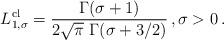
LaTeX: \begin{align*} L^{\mathrm{cl}}_{1,\sigma}= \frac{\Gamma(\sigma+1)}{2\sqrt{\pi}\ \Gamma(\sigma+3/2)}\,, \sigma>0\,.\end{align*}